Medical and sanitary report of the native army of Bengal for the year
Year: 1874
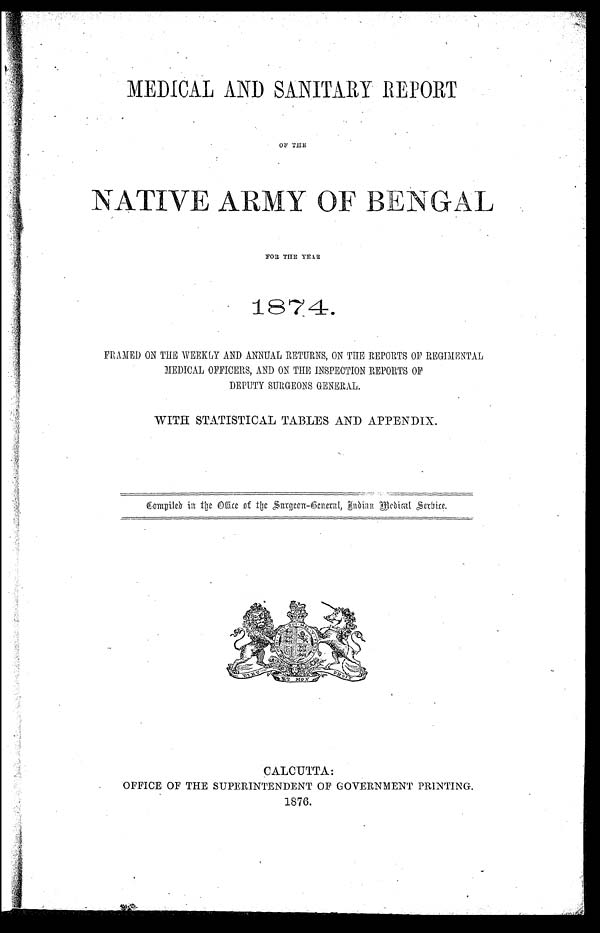
MEDICAL AND SANITARY REPORT
OF THE
NATIVE ARMY OF BENGAL
FOR THE YEAR
1874.
FRAMED ON THE WEEKLY AND ANNUAL RETURNS, ON THE REPORTS OF REGIMENTAL
MEDICAL OFFICERS, AND ON THE INSPECTION REPORTS OF
DEPUTY SURGEONS GENERAL.
WITH STATISTICAL TABLES AND APPENDIX.
Compiled in the Office of the Surgeon-General, Indian Medical Service.
CALCUTTA :
OFFICE OF THE SUPERINTENDENT OF GOVERNMENT PRINTING.
1876.